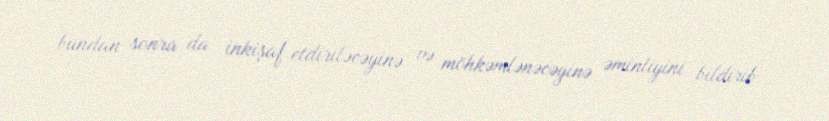
bundan sonra da inkişaf etdiriləcəyinə və möhkəmlənəcəyinə əminliyini bildirib.